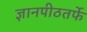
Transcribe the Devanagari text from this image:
ज्ञानपीठतर्फे